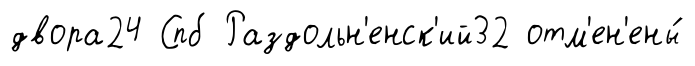
двора24 Спб Раздольн'енск'ий32 отм'ен'ены́